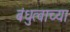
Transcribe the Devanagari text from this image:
बंधुत्वाच्या